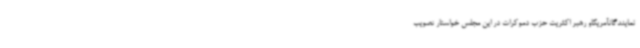
نمایندگانآمریکاو رهبر اکثریت حزب دموکرات در این مجلس خواستار تصویب